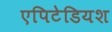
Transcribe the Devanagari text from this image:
एपिटेडियश